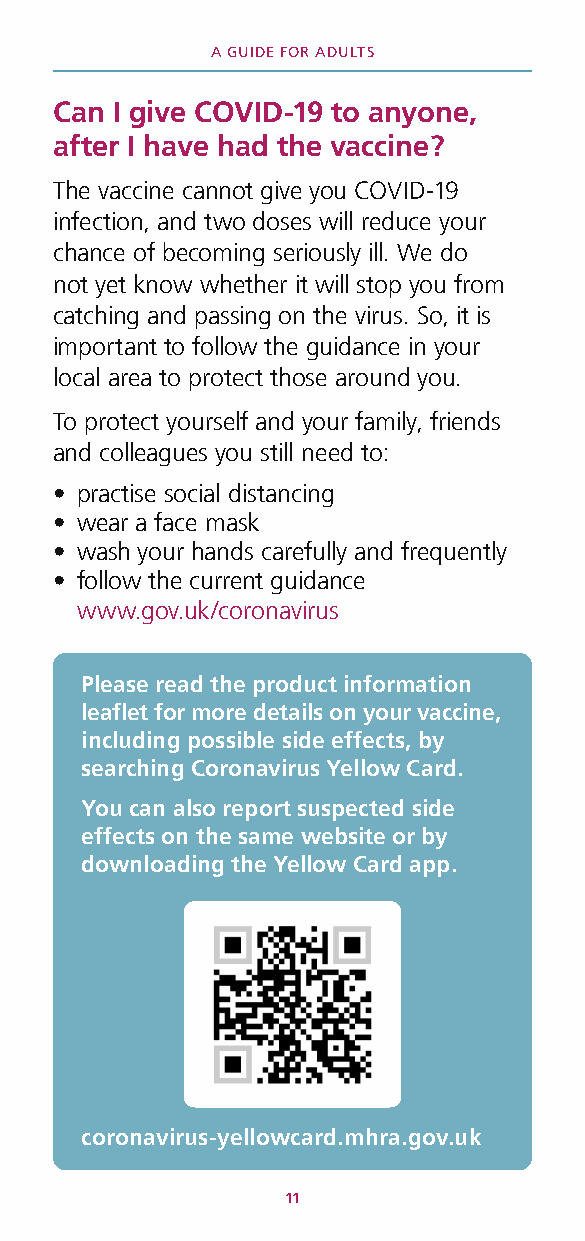
A GUIDE FOR ADULTS
 Can I give COVID-19 to anyone,
 after I have had the vaccine?
 The vaccine cannot give you COVID-19
 infection, and two doses will reduce your
 chance of becoming seriously ill. We do
 not yet know whether it will stop you from
 catching and passing on the virus. So, it is
 important to follow the guidance in your
 local area to protect those around you.
 To protect yourself and your family, friends
 and colleagues you still need to:
 • practise social distancing
 • wear a face mask
 • wash your hands carefully and frequently
 • follow the current guidance
 www.gov.uk/coronavirus
 Please read the product information
 leaflet for more details on your vaccine,
 including possible side effects, by
 searching Coronavirus Yellow Card.
 You can also report suspected side
 effects on the same website or by
 downloading the Yellow Card app.
 coronavirus-yellowcard.mhra.gov.uk
 11